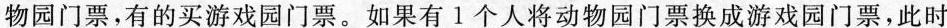
物园门票，有的买游戏园门票。如果有1个人将动物园门票换成游戏园门票，此时